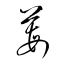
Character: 莓